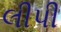
લીપી